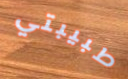
طبيبتي